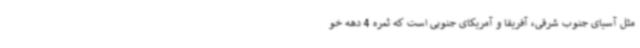
مثل آسیای جنوب شرقی‌، آفریقا و آمریکای جنوبی است که ثمره 4 دهه خو